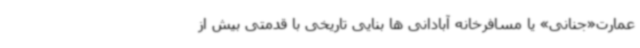
عمارت«جنانی» یا مسافرخانه آبادانی ها بنایی تاریخی با قدمتی بیش از